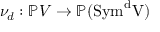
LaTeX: \nu _ { d } : \mathbb { P } V \to \mathbb { P } ( \mathrm { { { S y m } ^ { d } V ) } }